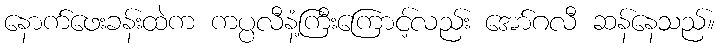
နောက်ဖေးခန်းထဲက ကပ္ပလီနံ့ကြီးကြောင့်လည်း အော်ဂလီ ဆန်နေသည်။